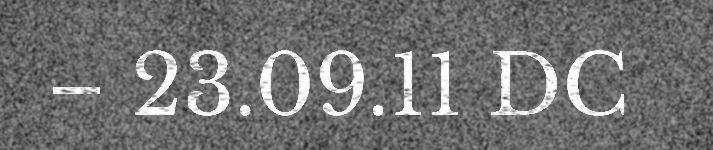
– 23.09.11 DC